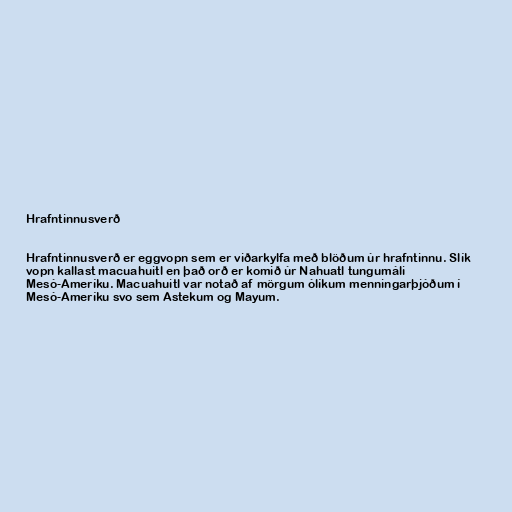
Hrafntinnusverð

Hrafntinnusverð er eggvopn sem er viðarkylfa með blöðum úr hrafntinnu. Slík
vopn kallast macuahuitl en það orð er komið úr Nahuatl tungumáli
Mesó-Ameríku. Macuahuitl var notað af mörgum ólíkum menningarþjóðum í
Mesó-Ameríku svo sem Astekum og Mayum.